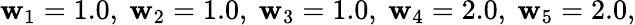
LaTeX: \mathbf{w}_{1}=1.0,~\mathbf{w}_{2}=1.0,~\mathbf{w}_{3}=1.0,~\mathbf{w}_{4}=2.0,~\mathbf{w}_{5}=2.0,